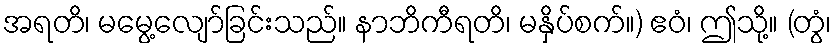
အရတိ၊ မမွေ့လျော်ခြင်းသည်။ နာဘိကီရတိ၊ မနှိပ်စက်။) ဧဝံ၊ ဤသို့။ (တွံ၊